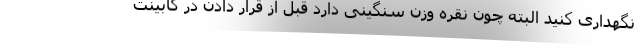
نگهداری کنید البته چون نقره وزن سنگینی دارد قبل از قرار دادن در کابینت